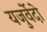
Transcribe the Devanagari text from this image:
यजुर्वेदो